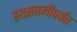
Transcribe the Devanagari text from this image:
रथसप्तमीपर्यंत